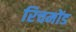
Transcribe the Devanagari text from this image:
रिचमोंड